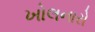
ખોલનારો